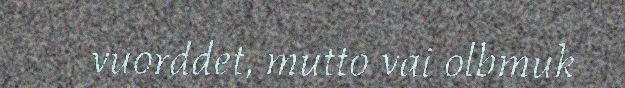
vuorddet, mutto vai olbmuk